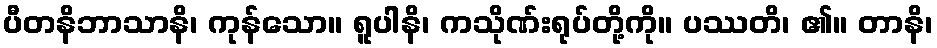
ပီတနိဘာသာနိ၊ ကုန်သော။ ရူပါနိ၊ ကသိုဏ်းရုပ်တို့ကို။ ပဿတိ၊ ၏။ တာနိ၊